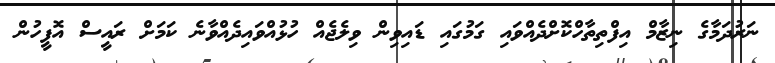
ނަރުދަމާގެ ނިޒާމް އިފްތިތާހްކޮށްދެއްވައި ގަމުގައި ޑައިވިން ވިލެޖެއް ހުޅުއްވައިދެއްވާނެ ކަމަށް ރައީސް އޮފީހުން